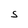
Character: S